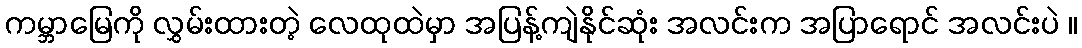
ကမ္ဘာမြေကို လွှမ်းထားတဲ့ လေထုထဲမှာ အပြန့်ကျဲနိုင်ဆုံး အလင်းက အပြာရောင် အလင်းပဲ ။